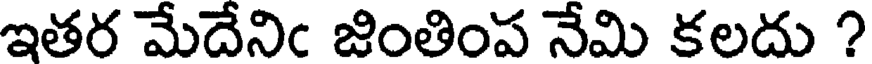
ఇతర మేదేనిఁ జింతింప నేమి కలదు ?